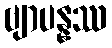
ဗျာပန္နဿ